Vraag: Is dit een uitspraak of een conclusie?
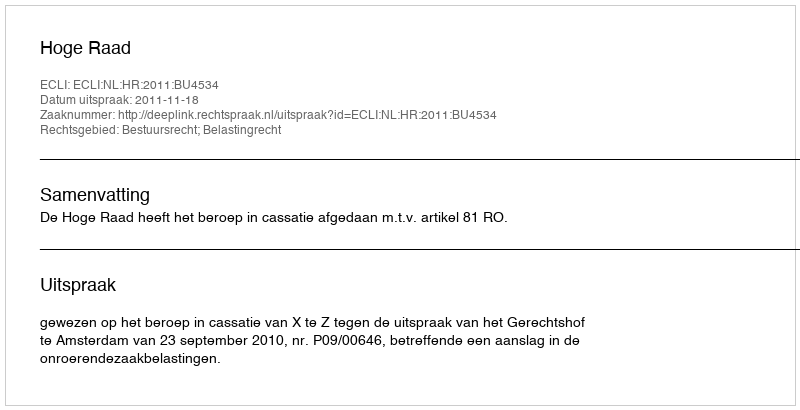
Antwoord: Uitspraak